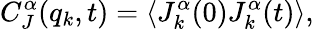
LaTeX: C_{J}^{\alpha}(q_{k},t)=\left\langle J_{k}^{\alpha}(0)J_{k}^{\alpha}(t)\right\rangle,